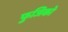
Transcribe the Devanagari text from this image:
फुजिको